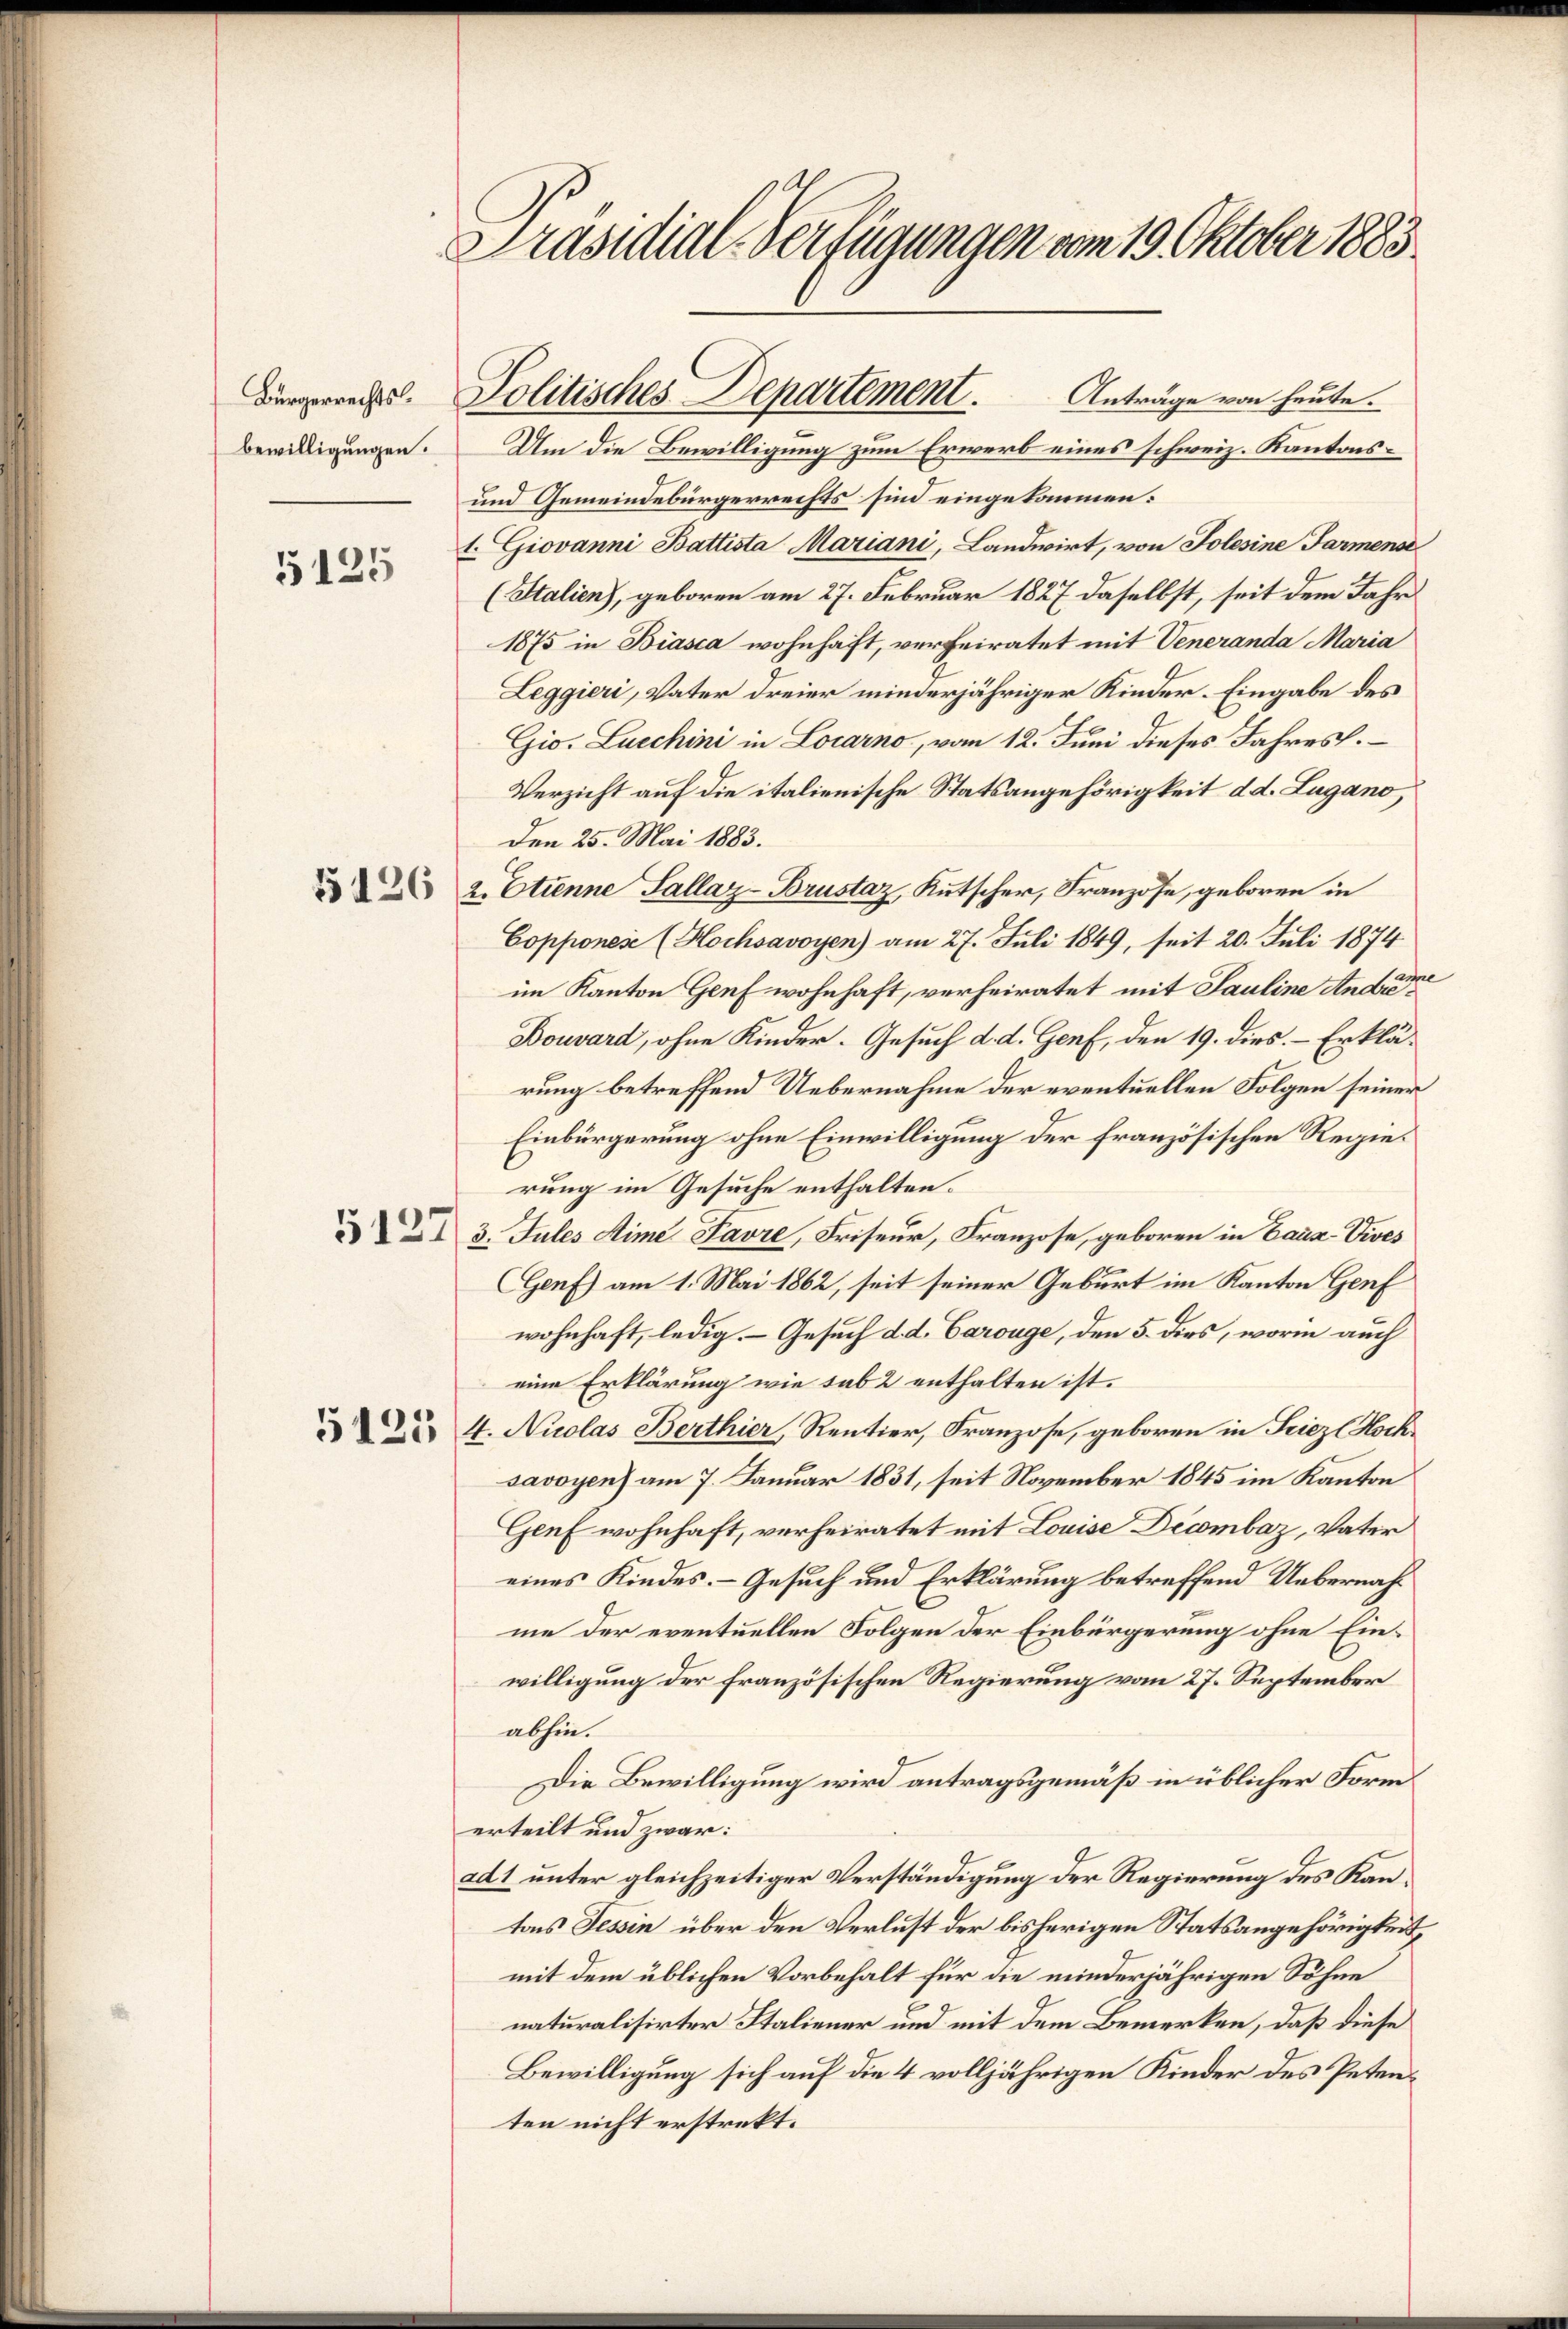
Bürgerrechts
bewilligungen.

5125

15126

5127

Präsidial-Verfügungen vom 19. Oktober 1883

Anträge von heute.
Um die Bewilligung zum Erwerb eines schweiz. Kantons¬
und Gemeindebürgerrechts sind eingekommen:
1. Giovanni Battista Mariani, Landwirt, von Tolesine Farmense
(Italien), geboren am 27. Februar 1827 daselbst, seit dem Jahr
1875 in Biasca wohnhaft, verheiratet mit Veneranda Maria
Leggieri, Vater dreier minderjähriger Kinder. Eingabe des
Gio. Liechini in Locarno, vom 12. Juni dieses Jahres.
Verzicht auf die italienische Statsangehörigkeit d. d. Lugano,
Den 25. Mai 1883.
2. Etienne Sallaz-Brustaz, Kutscher, Franzose, geboren in
Copponese (Hochsavoyen) am 27. Juli 1849, seit 20. Juli 1874
im Kanton Genf wohnhaft, verheiratet mit Pauline Andere
Bouvard, ohne Kinder. Gesuch d. d. Genf, den 19. dies. – Erklärung betreffend Uebernahme der eventuellen Folgen seiner
Einbürgerung ohne Einwilligung der französischen Regierung im Gesuche enthalten.
3. Jules Sime Pavre, Friseur, Franzose, geboren in Bauz-Vives
Genf) am 1. Mai 1862, seit seiner Geburt im Kanton Genf
wohnhaft, ledig. – Gesuch d. d. Carouge, den 5. dies, worin auch
eine Erklärung wie sub 2 enthalten ist.
4. Nicolas Berthier, Rentier, Franzose, geboren in Fricz l Hochsavoyen) am 7. Januar 1831, seit November 1845 im Kanton
Genf wohnhaft, verheiratet mit Louise Decombaz, Vater
eines Kindes. - Gesuch und Erklärung betreffend Uebernahme der eventuellen Folgen der Einbürgerung ohne Einwilligung der Französischen Regierung vom 27. September
abhin.
Die Bewilligung wird antragsgemäß in üblicher Form
erteilt und zwar:
ad 1 unter gleichzeitiger Verständigung der Regierung des Kantons Tessin über den Verlust der bisherigen Statsangehörigkeit,
mit dem üblichen Vorbehalt für die minderjährigen Söhne
b.
naturalisirter Italiener um mit dem Bemerken, daß diese
Bewilligung sich auf die 4 volljährigen Kinder des Petenten nicht erstrekt.

Politisches Departement.